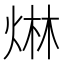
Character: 𤊩